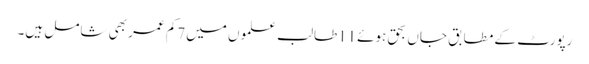
رپورٹ کے مطابق جاں بحق ہوئے11طالب علموں میں7کم عمر بھی شامل ہیں۔